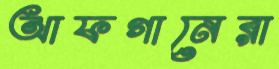
আফগানেরা